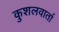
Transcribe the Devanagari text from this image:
कुशलवार्ता